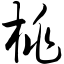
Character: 桃